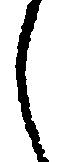
し